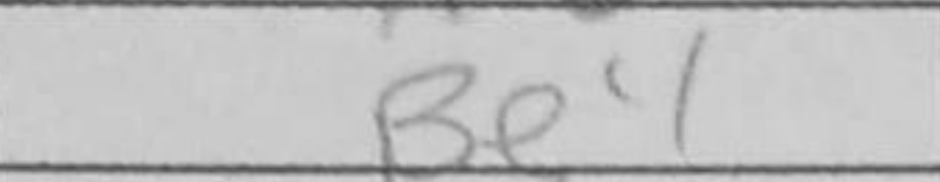
Transcription: Be4